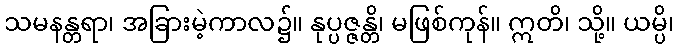
သမနန္တရာ၊ အခြားမဲ့ကာလ၌။ နုပ္ပဇ္ဇန္တိ၊ မဖြစ်ကုန်။ ဣတိ၊ သို့။ ယမ္ပိ၊